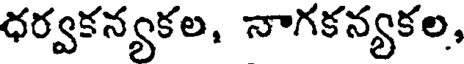
ధర్వకన్యకల, నాగకన్యకల,